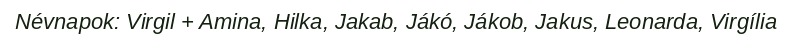
Névnapok: Virgil + Amina, Hilka, Jakab, Jákó, Jákob, Jakus, Leonarda, Virgília